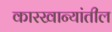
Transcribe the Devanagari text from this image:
कारखान्यांतील